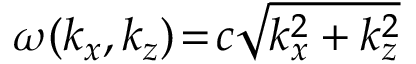
\omega ( k _ { x } , k _ { z } ) \! = \! c \sqrt { k _ { x } ^ { 2 } + k _ { z } ^ { 2 } }